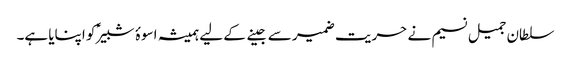
سلطان جمیل نسیم نے حریت ضمیر سے جینے کے لیے ہمیشہ اسوۂ شبیرؑ کو اپنایا ہے۔